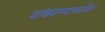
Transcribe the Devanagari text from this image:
थांबवण्याकरिता